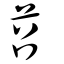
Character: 苕